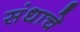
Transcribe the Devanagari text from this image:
संधाचे